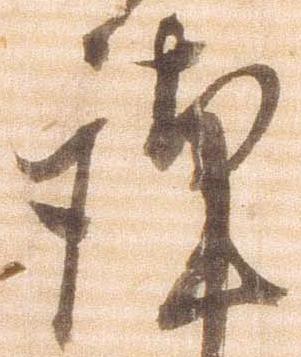
謹